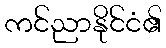
ကင်ညာနိုင်ငံ၏